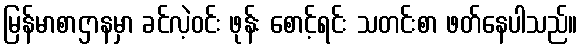
မြန်မာစာဌာနမှာ ခင်လဲ့ဝင်း ဖုန်း စောင့်ရင်း သတင်းစာ ဖတ်နေပါသည်။